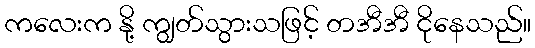
ကလေးက နို့ ကျွတ်သွားသဖြင့် တအီအီ ငိုနေသည်။